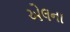
એલના